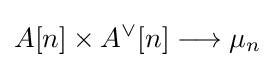
A[n]\times A^{\vee }[n]\longrightarrow \mu _{n}